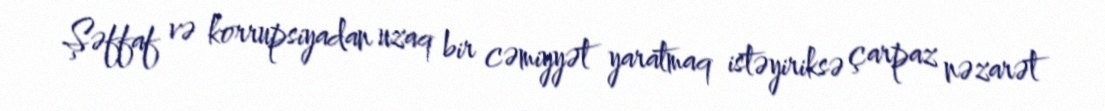
Şəffaf və korrupsiyadan uzaq bir cəmiyyət yaratmaq istəyiriksə çarpaz nəzarət